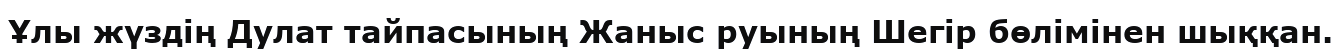
Ұлы жүздің Дулат тайпасының Жаныс руының Шегір бөлімінен шыққан.